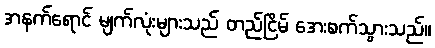
အနက်ရောင် မျက်လုံးများသည် တည်ငြိမ် အေးစက်သွားသည်။